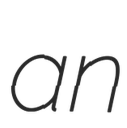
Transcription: an